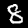
Digit: 8